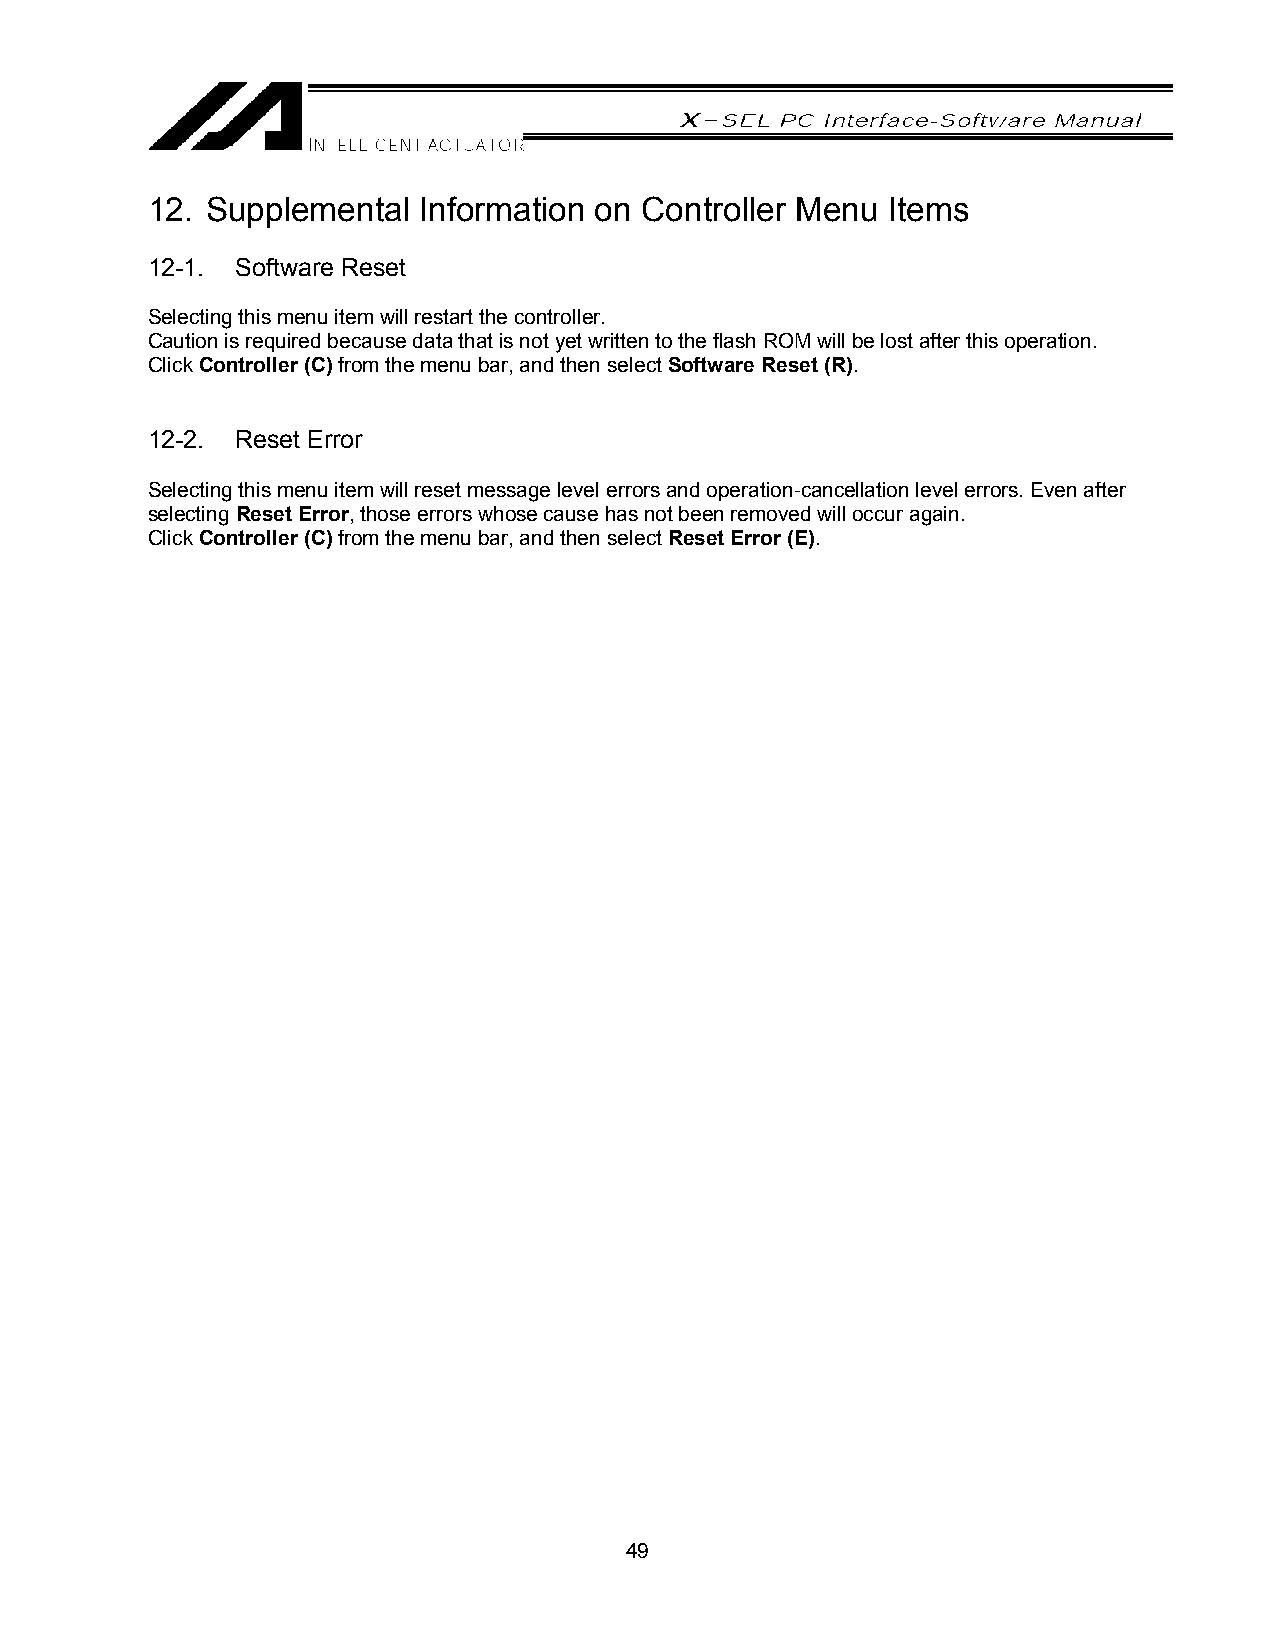
12. Supplemental  Information on Controller Menu Items
 12-1. Software Reset
 Selecting this menu item will restart the controller.
 Caution is required because data that is not yet written to the flash ROM will be lost after this operation.
 Click Controller (C) from the menu bar, and then select Software Reset (R).
 12-2. Reset Error
 Selecting this menu item will reset message level errors and operation-cancellation level errors. Even after
 selecting Reset Error, those errors whose cause has not been removed will occur again.
 Click Controller (C) from the menu bar, and then select Reset Error (E).
 49